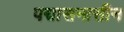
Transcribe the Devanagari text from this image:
पद्मासनासीन